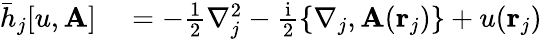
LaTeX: \begin{array}{rl}{\bar{h}_{j}[u,\mathbf{A}]}&{{}=-\frac{1}{2}\nabla_{j}^{2}-\frac{\mathrm{i}}{2}\{ \nabla_{j},\mathbf{A}(\mathbf{r}_{j})\} +u(\mathbf{r}_{j})}\end{array}